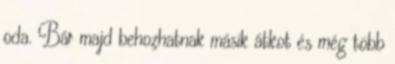
oda. Bár majd behozhatnak másik átkot és még több